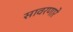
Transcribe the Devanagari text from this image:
सावरणारे